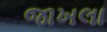
જાખલા